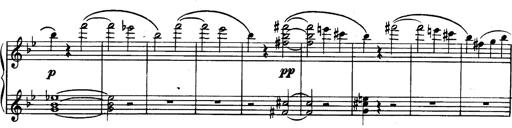
Title: Trauervorspiel und Trauermarsch
Composer: Franz Liszt